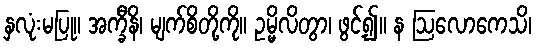
နှလုံးမပြု။ အက္ခီနိ၊ မျက်စိတို့ကို။ ဥမ္မိလိတွာ၊ ဖွင့်၍။ န ဩလောကေသိ၊